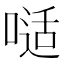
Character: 𠻉